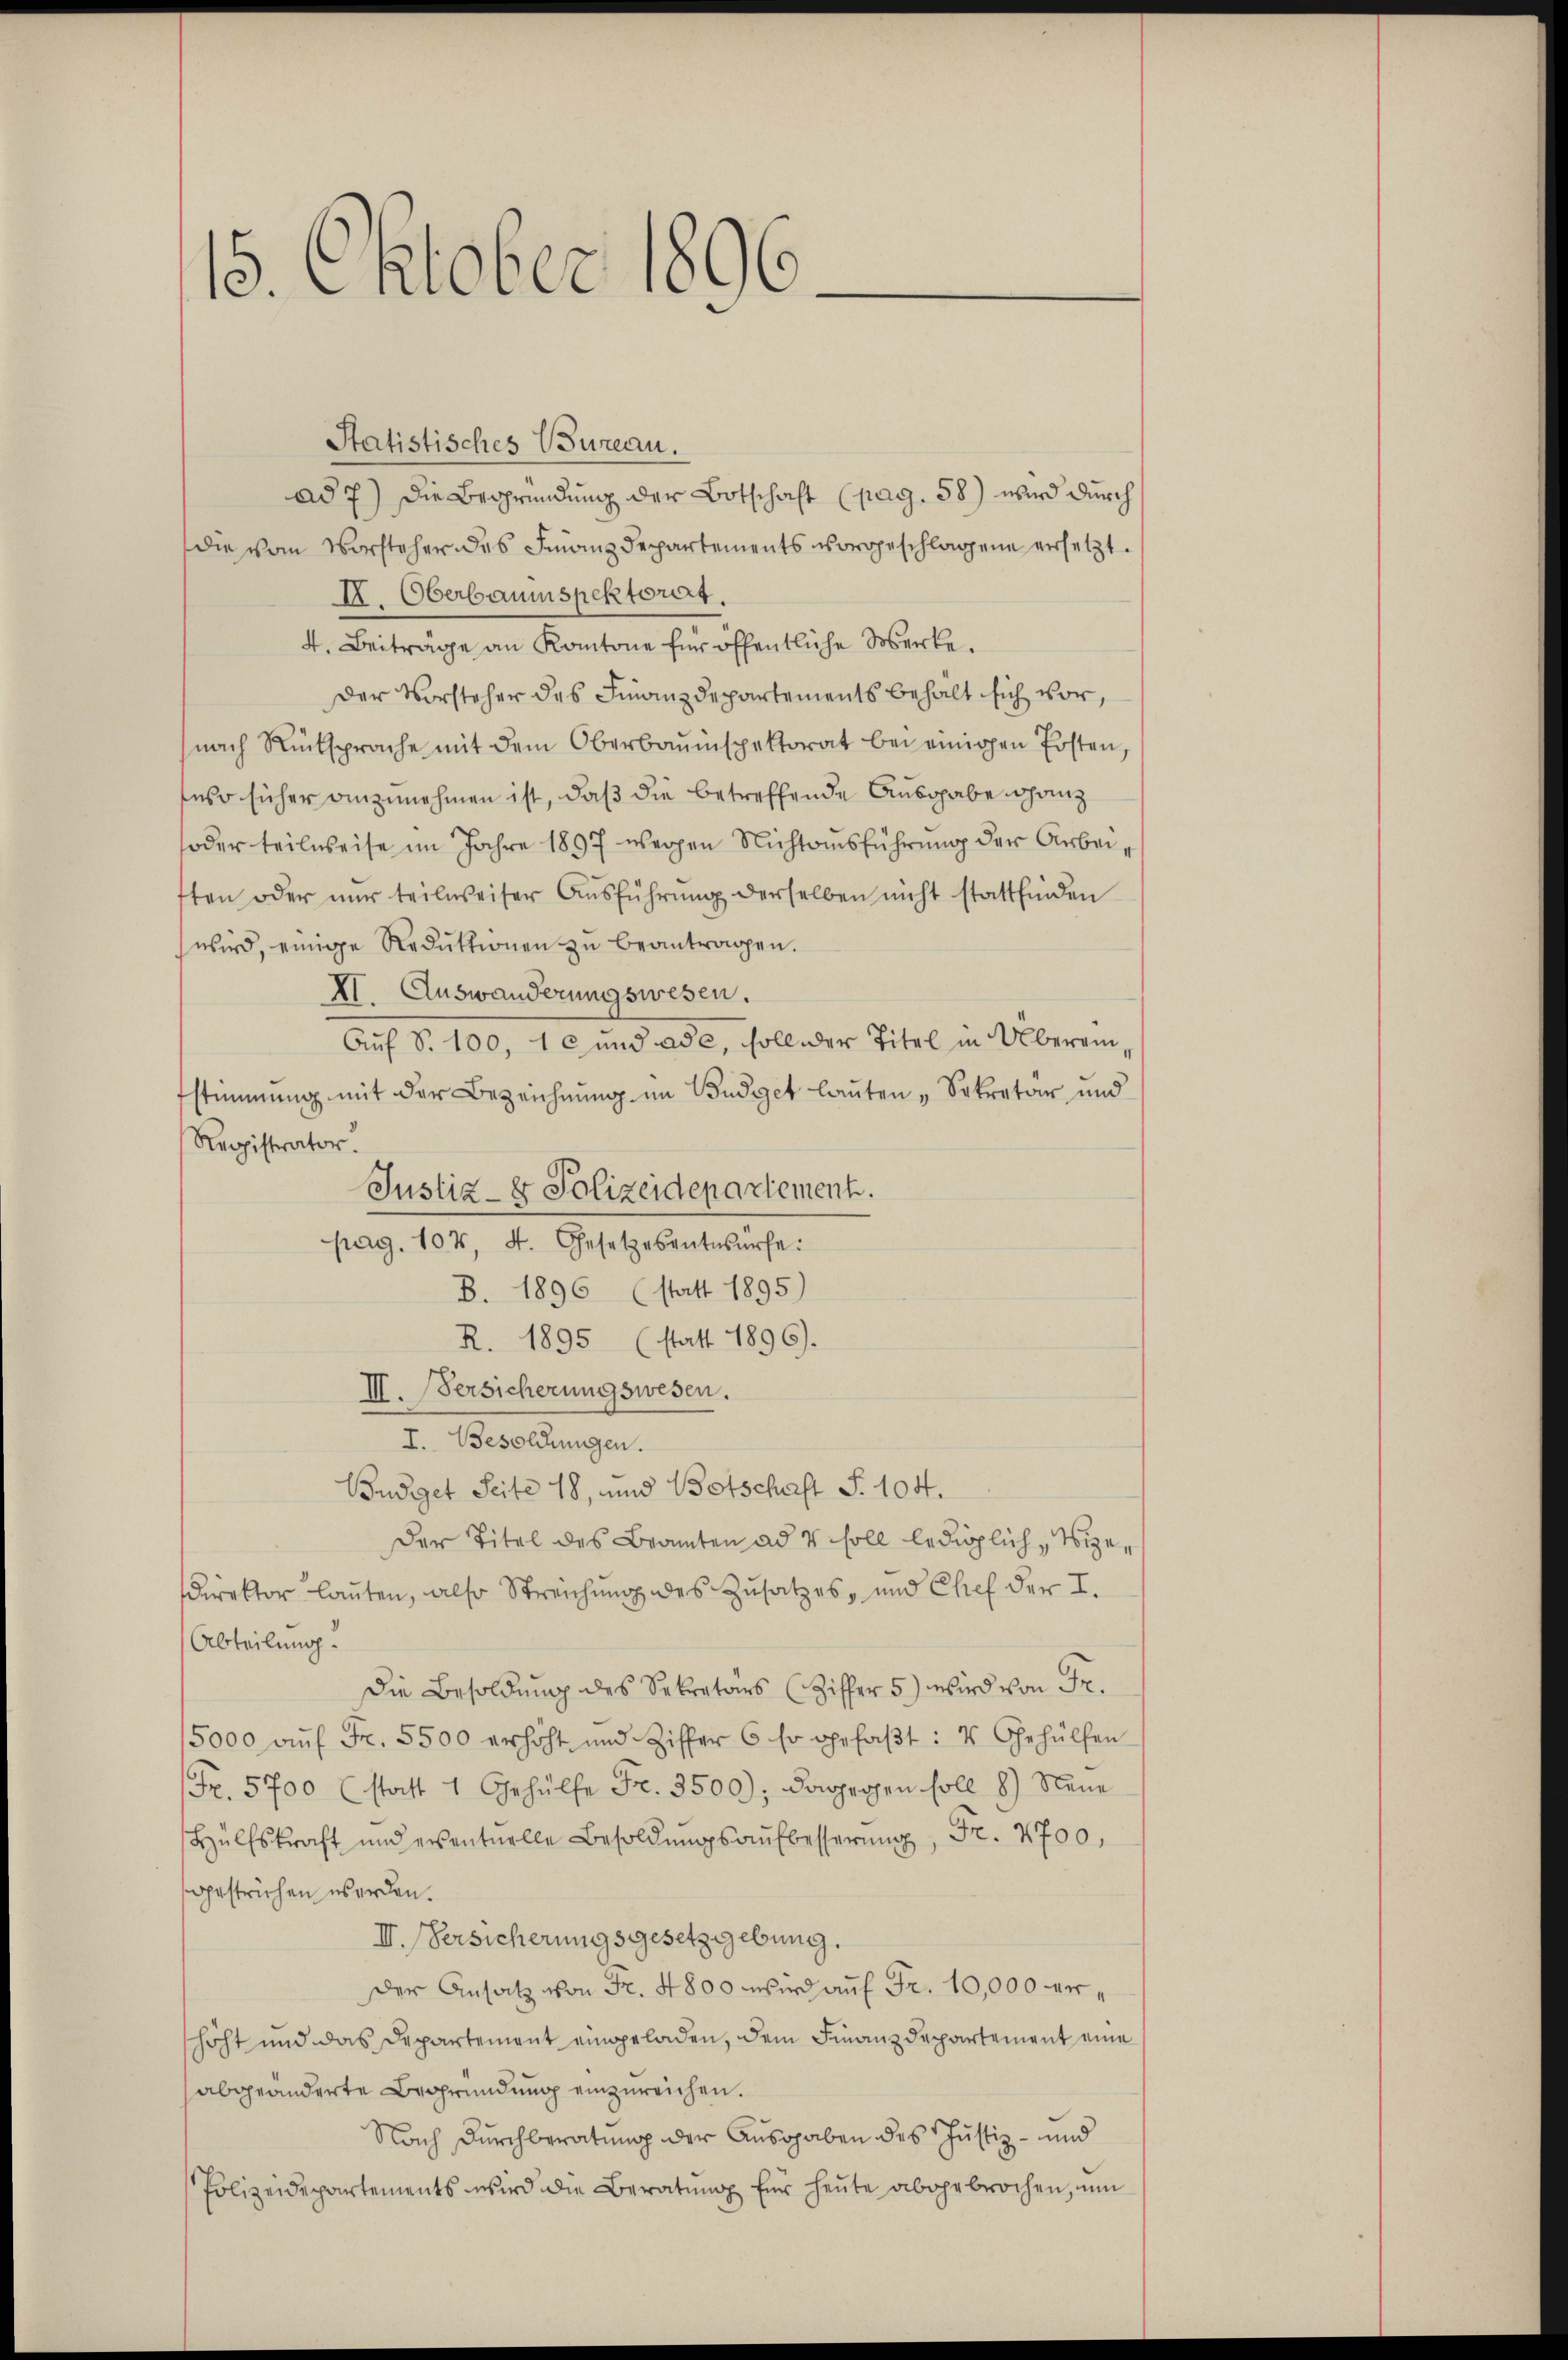
15. Oktober 1896.

Statistisches Bureau.
ad 7) Die Begründung der Botschaft (pag. 58) wird durch
die vom Vorsteher des Finanzdepartements vorgeschlagene ersetzt.
I. Oberbaumspektoris.
4. Beiträge an Kantone für öffentliche Werke.
Der Vorsteher des Finanzdepartements behalt sich vor,
nach Rücksprache mit dem Oberbauinspektorat bei einigen Posten,
seso sicher anzunehmen ist, daß die betreffende Ausgabe ganz
oder teilweise im Jahre 1897 weggen Nichtausführung der Arbeiften oder nur teilweiser Aŭsführŭng derselben nicht stattfinden
wird, einige Reduktionen zŭ beantragen.
XI. Auswanderungswesen.
Auf S. 100, 1 c und ade, soll der Titel in Übereinstimmung mit der Bezeichnung im Büdget lauten „Sekretär und
Registrator
Justiz- & Polizeidepartement.
pag. 104, 4. Gesetzesentwürfe:
B. 1896 (statt 1895)
R. 1895 (statt 1896).
III. Versicherungswesen.
I. Besoldungen.
Budget Seite 18, und Botschaft S. 104.
Der Titel des Beamten ad v soll lediglich, Vizedirektor lauten, also Streichung des Zusatzes, und Chef der I.
Abteilung.
Die Besoldung des Sekretärs (Ziffer 5) wird von Fr.
5000 aŭf Fr. 5500 erhöht und Ziffer 6 so gefaβt: 4 Gehülfen
Fr. 5700 (statt 1 Gehülfe Fr. 3500); dagegen soll 8) Neue
Hülfskraft und eventuelle Besoldŭngsaŭfbesserŭng, Fr. 4700,
gestrichen werden.
II. Versicherungsgesetzgebung.
der Ansatz von Fr. 4800 wird auf Fr. 10,000 erhöht und das Departement eingeladen, dem Finanzdepartement eine
abgeänderte Begründung einzureichen.
Nach Durchberatung der Ausgaben des Justiz- und
Polizeidepartements wird die Beratŭng für heŭte abgebrochen, um